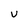
Character: u